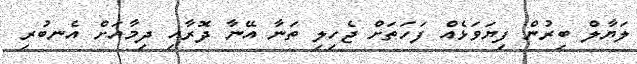
ލަޔާލް ބިރުން ފިޔަވަޅެއް ފަހަތަށް ޖެހިލި ތަނާ އޭނާ ދޮރާއި ދިމާއަށް އެނބުރި